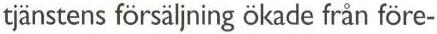
tjänstens försäljning ökade från före-